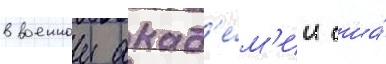
в военнои акад'е́м'ии сша́